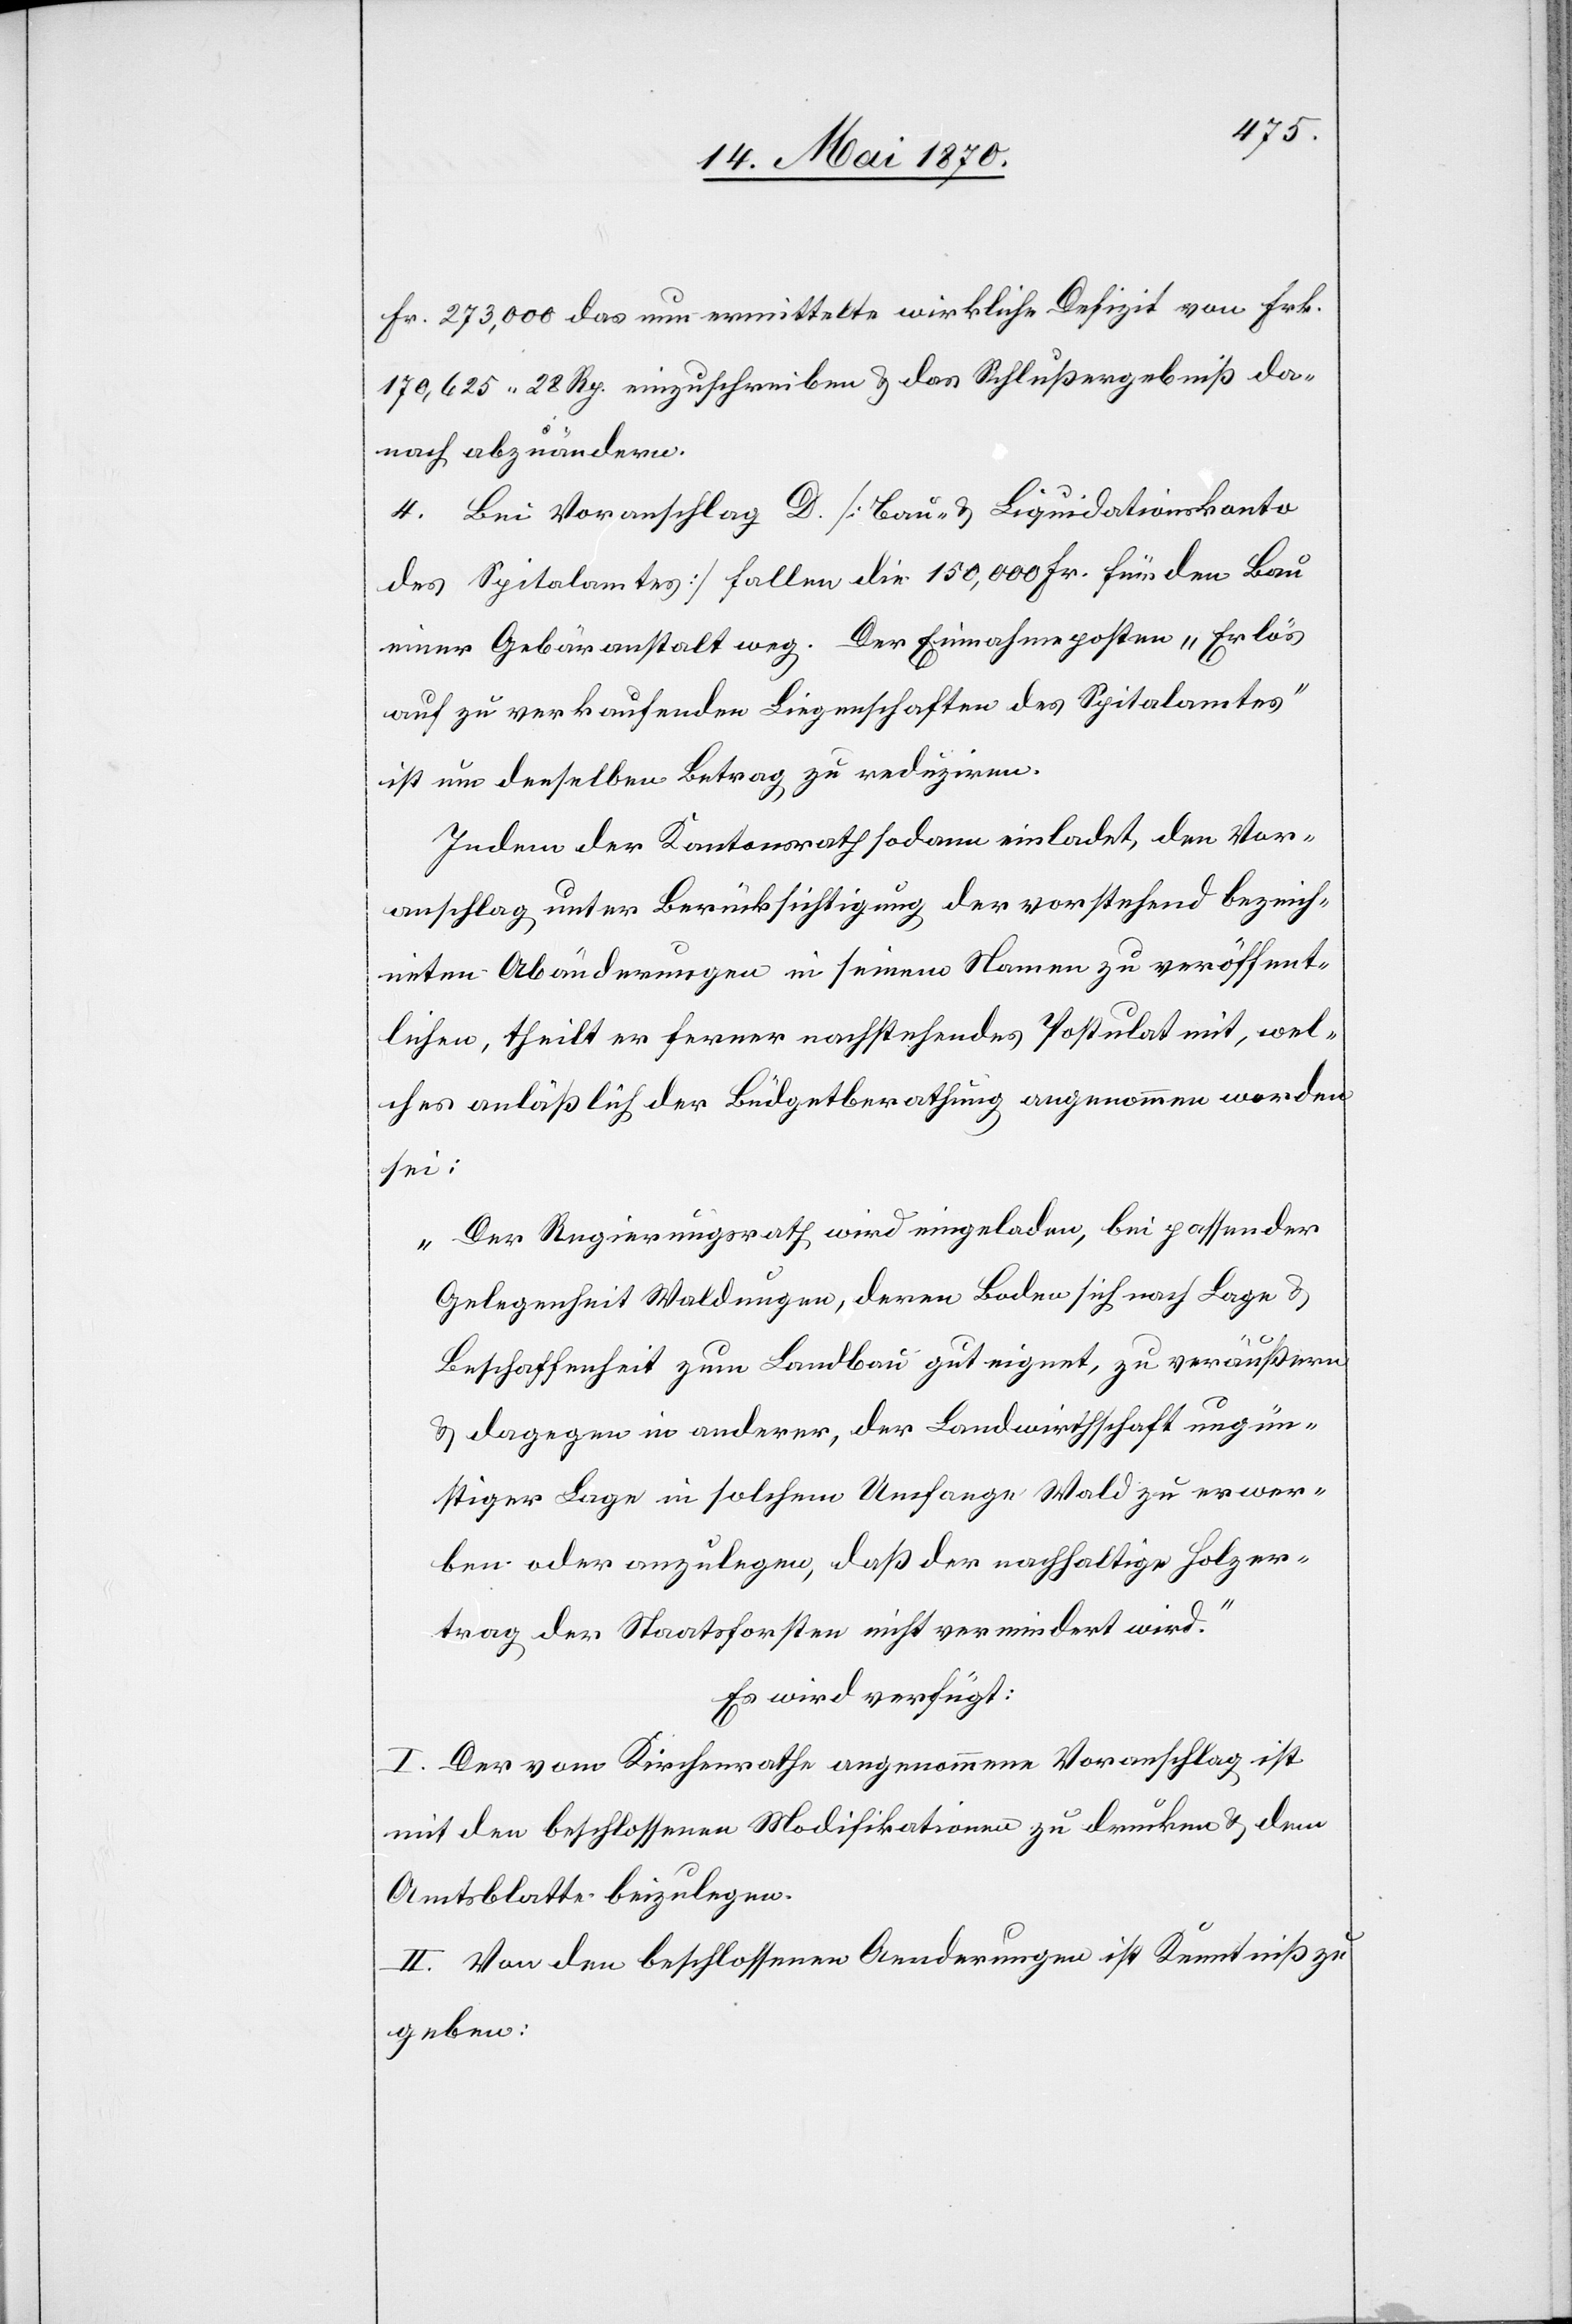
Fr. 273,000 das nun ermittelte wirkliche Defizit von Frk.
170,625. 28 Rp. einzuschreiben & das Schlußergebniß da¬
nach abzuändern.
4. Bei Voranschlag D [Bau- & Liquidationskonto
des Spitalamtes] fallen die 150,000 Fr. für den Bau
einer Gebäranstalt weg. Der Einnahmeposten „Erlös
auf zu verkaufenden Liegenschaften des Spitalamtes“
ist um denselben Betrag zu reduziren.
Indem der Kantonsrath sodann einladet, den Vor¬
anschlag unter Berücksichtigung der vorstehend bezeich¬
neten Abänderungen in seinem Namen zu veröffent¬
lichen, theilt er ferner nachstehendes Postulat mit, wel¬
ches anläßlich der Büdgetberathung angenommen worden
sei:
„Der Regierungsrath wird eingeladen, bei passender
Gelegenheit Waldungen, deren Boden sich nach Lage &
Beschaffenheit zum Landbau gut eignet, zu veräußern
& dagegen in anderer, der Landwirthschaft ungün¬
stiger Lage in solchem Umfange Wald zu erwer¬
ben oder anzulegen, daß der nachhaltige Holzer¬
trag der Staatsforsten nicht vermindert wird.“
Es wird verfügt:
I. Der vom Kirchenrathe angenommene Voranschlag ist
mit den beschlossenen Modifikationen zu drucken & dem
Amtsblatte beizulegen.
II. Von den beschlossenen Aenderungen ist Kenntniß zu
geben: